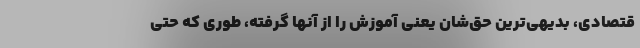
قتصادی، بدیهی‌ترین حق‌شان یعنی آموزش را از آنها گرفته، طوری که حتی